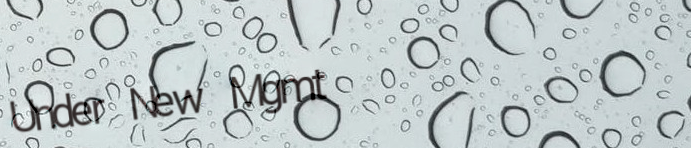
Under New Mgmt